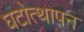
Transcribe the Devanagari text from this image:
घटोत्थापन